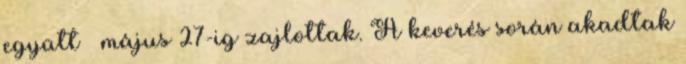
együtt – május 27-ig zajlottak. A keverés során akadtak